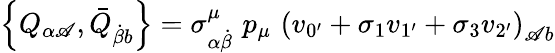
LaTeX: \left\{ Q_{\alpha\mathscr{A}},\bar{{Q}}_{\dot{{\beta}}b}\right\} =\sigma_{\alpha\dot{{\beta}}}^{\mu}\, \, p_{\mu}\, \, \left(v_{0^{\prime}}+\sigma_{1}v_{1^{\prime}}+\sigma_{3}v_{2^{\prime}}\right)_{\mathscr{A}b}